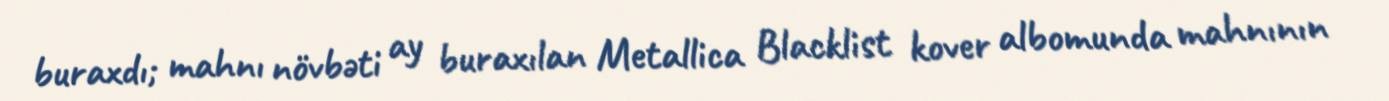
buraxdı; mahnı növbəti ay buraxılan Metallica Blacklist kover albomunda mahnının